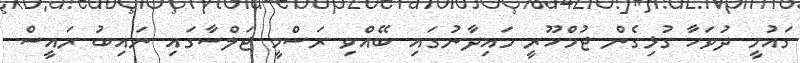
ގައުމީ ދުވަހާ ގުޅިގެން ޖުމްހޫރީ މައިދާނުގައި ބޭއްވި ރަސްމީ ޖަލްސާގައި ނައިބު ރައީސް